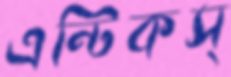
এন্টিকস্